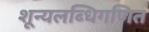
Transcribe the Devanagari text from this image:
शून्यलब्धिगणित